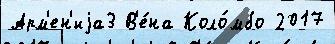
Арм'ен'иjа3 В'е́на Коло́мбо 2017